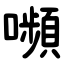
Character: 嚬